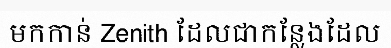
មកកាន់ Zenith ដែលជាកន្លែងដែល